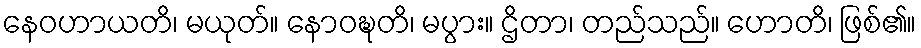
နေဝဟာယတိ၊ မယုတ်။ နောဝဍ္ဎတိ၊ မပွား။ ဌိတာ၊ တည်သည်။ ဟောတိ၊ ဖြစ်၏။